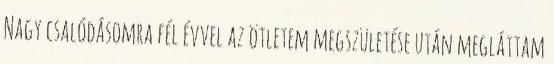
Nagy csalódásomra fél évvel az ötletem megszületése után megláttam